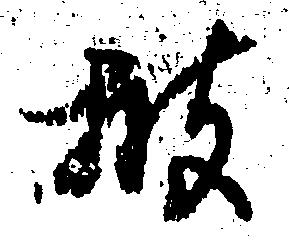
披